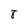
Character: 8